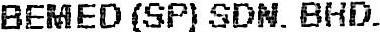
BEMED (SP) SDN. BHD.